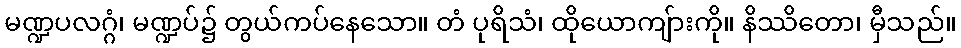
မဏ္ဍပလဂ္ဂံ၊ မဏ္ဍပ်၌ တွယ်ကပ်နေသော။ တံ ပုရိသံ၊ ထိုယောကျ်ားကို။ နိဿိတော၊ မှီသည်။